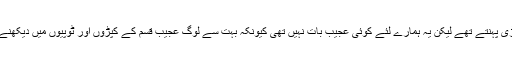
آپ اُس وقت پگڑی پہنتے تھے لیکن یہ ہمارے لئے کوئی عجیب بات نہیں تھی کیونکہ بہت سے لوگ عجیب قسم کے کپڑوں اور ٹوپیوں میں دیکھنے کو ملتے تھے۔